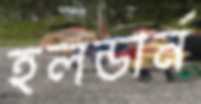
হলডার্ন